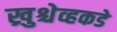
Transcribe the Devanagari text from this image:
ख्रुश्चेव्हकडे